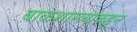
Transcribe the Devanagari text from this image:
बाळशास्त्र्यांकडून